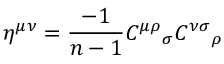
\eta ^ { \mu \nu } = \frac { - 1 } { n - 1 } { C ^ { \mu \rho } } _ { \sigma } { C ^ { \nu \sigma } } _ { \rho }